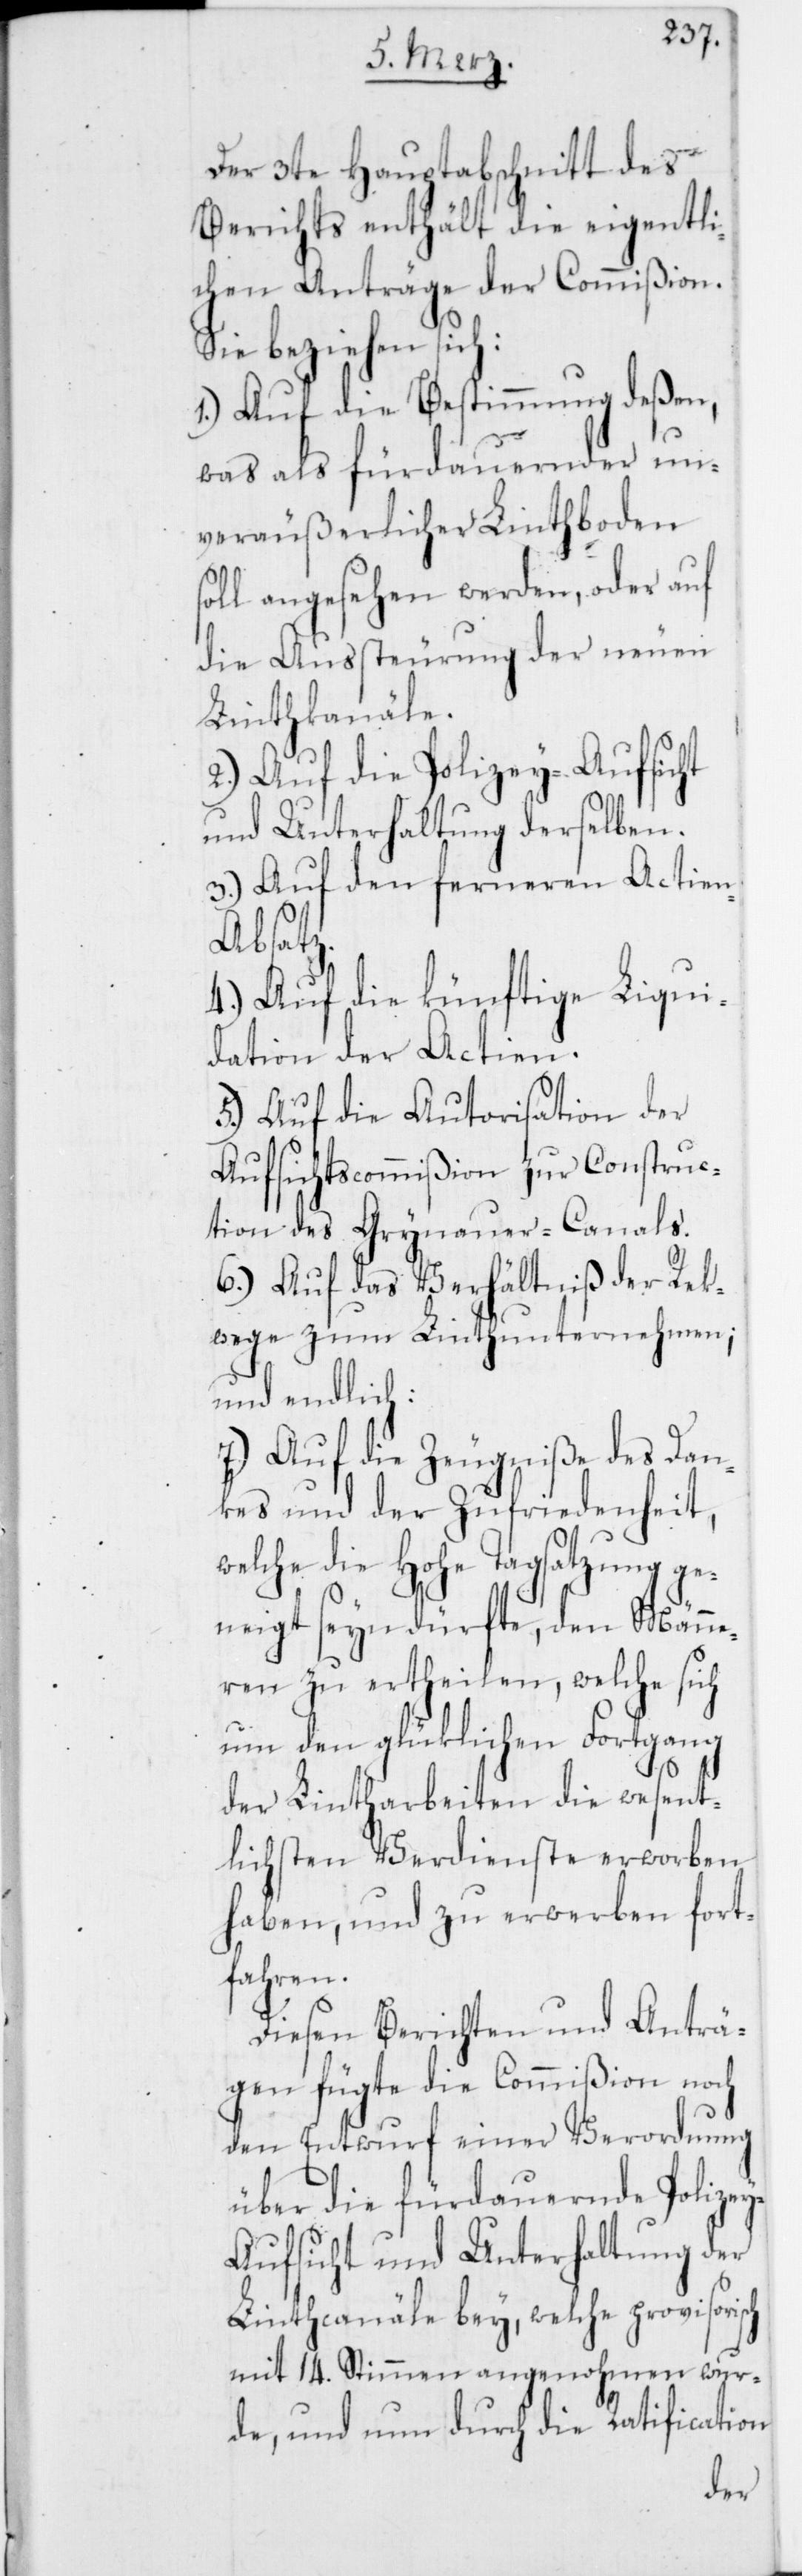
Der 3te Hauptabschnitt des
Berichts enthält die eigentli¬
chen Anträge der Commißion.
Sie beziehen sich:
1.) Auf die Bestimmung deßen,
was als fürdauernder un¬
veräußerlicher Linthboden
soll angesehen werden, oder auf
die Aussteurung der neuen
Linthkanäle.
2.) Auf die Polizey-Aufsicht
und Unterhaltung derselben.
3.) Auf den ferneren Actie¬
n-Absatz.
4.) Auf die künftige Liqui¬
dation der Actien.
5.) Auf die Autorisation der
Aufsichtscommißion für Construc¬
tion des Grynauer-Canals.
6.) Auf das Verhältnis der Rek¬
wege zum Linthunternehmen;
und endlich:
7.) Auf die Zeugniße des Dan¬
kes und der Zufriedenheit,
welche die Hohe Tagsatzung ge¬
neigt seyn dürfte, den Männe¬
ren zu ertheilen, welche sich
um den glüklichen Fortgang
der Lintharbeiten die wesent¬
lichsten Verdienste erworben
haben, und zu erwerben fort¬
fahren.
Diesen Berichten und Anträ¬
gen fügte die Commißion noch
den Entwurf einer Verordnung
über die fürdauernde Polizey¬
aufsicht und Unterhaltung der
Linthcanäle bey, welche provisorisch
mit 14. Stimmen angenohmen wur¬
de, und nun durch die Ratification